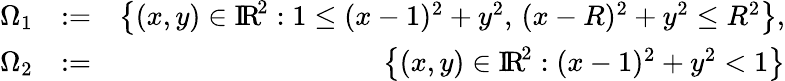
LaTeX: \begin{array}{rlr}{\Omega_{1}}&{:=}&{\left\{ (x,y)\in\mathrm{I\! R\! }^{2}:1\le(x-1)^{2}+y^{2},\, (x-R)^{2}+y^{2}\le R^{2}\right\} ,}\\ {\Omega_{2}}&{:=}&{\left\{ (x,y)\in\mathrm{I\! R\! }^{2}:(x-1)^{2}+y^{2}<1\right\} }\end{array}